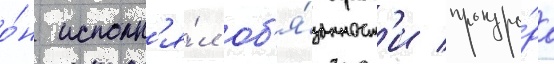
о́н исполн'я́л об'я́занност'и прокуро́ра